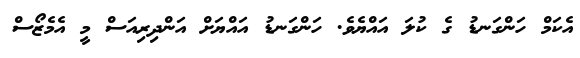
އެކަމް ހަންގަނޑު ގެ ކުލަ އައްޔެވެ. ހަންގަނޑު އައްޔަށް އަންދިރިއަސް މީ އެމެޒޯސް